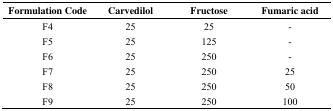
| Formulation Code | Carvedilol | Fructose | Fumaric acid |
 | --- | --- | --- | --- |
 | F4 | 25 | 25 | - |
 | F5 | 25 | 125 | - |
 | F6 | 25 | 250 | - |
 | F7 | 25 | 250 | 25 |
 | F8 | 25 | 250 | 50 |
 | F9 | 25 | 250 | 100 |